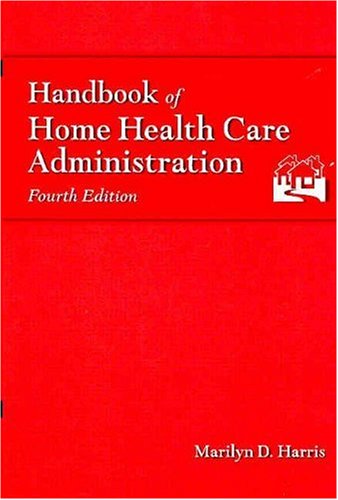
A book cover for Handbook of Home Health Care Administration; Medical Books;